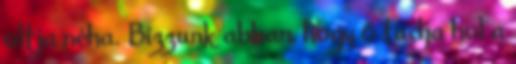
oltja néha. Bízzunk abban, hogy ő tudja hol a